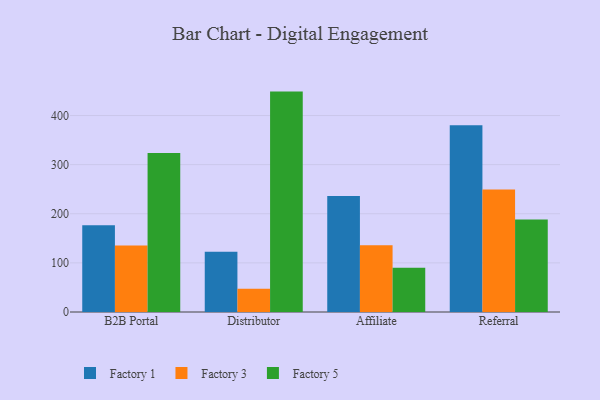
{"axis": {"x": "Channel", "y": "Demand Index"}, "legend": ["Factory 1", "Factory 3", "Factory 5"], "data": [{"x": "B2B Portal", "y": 176.6, "type": "Factory 1"}, {"x": "B2B Portal", "y": 135.4, "type": "Factory 3"}, {"x": "B2B Portal", "y": 323.9, "type": "Factory 5"}, {"x": "Distributor", "y": 122.7, "type": "Factory 1"}, {"x": "Distributor", "y": 47.4, "type": "Factory 3"}, {"x": "Distributor", "y": 448.7, "type": "Factory 5"}, {"x": "Affiliate", "y": 236.3, "type": "Factory 1"}, {"x": "Affiliate", "y": 135.9, "type": "Factory 3"}, {"x": "Affiliate", "y": 90.0, "type": "Factory 5"}, {"x": "Referral", "y": 380.2, "type": "Factory 1"}, {"x": "Referral", "y": 249.4, "type": "Factory 3"}, {"x": "Referral", "y": 188.5, "type": "Factory 5"}]}